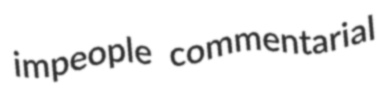
impeople commentarial